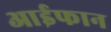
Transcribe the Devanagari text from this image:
आईफान